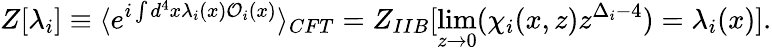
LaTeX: Z[\lambda_{i}]\equiv\langle e^{i\int d^{4}x\lambda_{i}(x){\cal O}_{i}(x)}\rangle_{CFT}=Z_{IIB}[\operatorname*{lim}_{z\to 0}(\chi_{i}(x,z)z^{\Delta_{i}-4})=\lambda_{i}(x)].